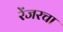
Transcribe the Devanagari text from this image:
रेंजरचा